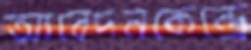
আবেদনকেন্দ্রে